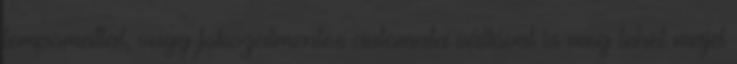
tempomattal, vagy fokozatmentes automata váltóval is meg lehet majd